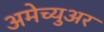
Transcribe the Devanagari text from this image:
अमेच्युअर